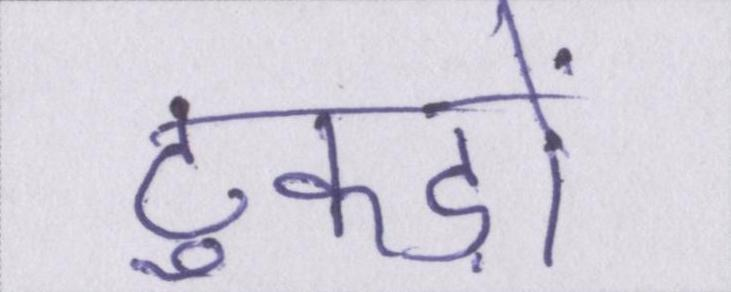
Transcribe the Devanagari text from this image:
टुकड़ों